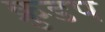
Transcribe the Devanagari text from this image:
क्रुडप